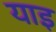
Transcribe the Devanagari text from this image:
याइ